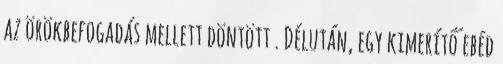
az örökbefogadás mellett döntött . Délután, egy kimerítő ebéd